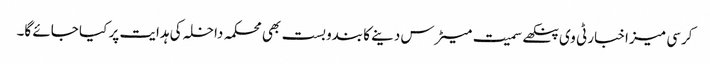
کرسی میز اخبار ٹی وی پنکھے سمیت میٹرس دینے کا بندوبست بھی محکمہ داخلہ کی ہدایت پر کیا جائے گا۔